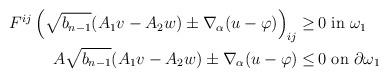
LaTeX: \begin{align*}\begin{aligned}F^{ij} \left(\sqrt{b_{n-1}} (A_1 v - A_2 w) \pm \nabla_\alpha (u - \varphi)\right)_{ij} \geq \,& 0 \mbox{ in } \omega_1\\ A \sqrt{b_{n-1}} (A_1 v - A_2 w) \pm \nabla_\alpha (u - \varphi) \leq \,& 0 \mbox{ on } \partial \omega_1\end{aligned}\end{align*}